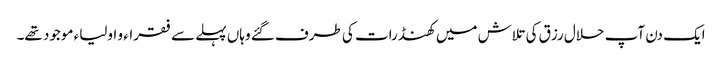
ایک دن آپ حلال رزق کی تلاش میں کھنڈرات کی طرف گئے وہاں پہلے سے فقراء و اولیاء موجود تھے۔